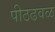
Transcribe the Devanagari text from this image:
पीठढवळ